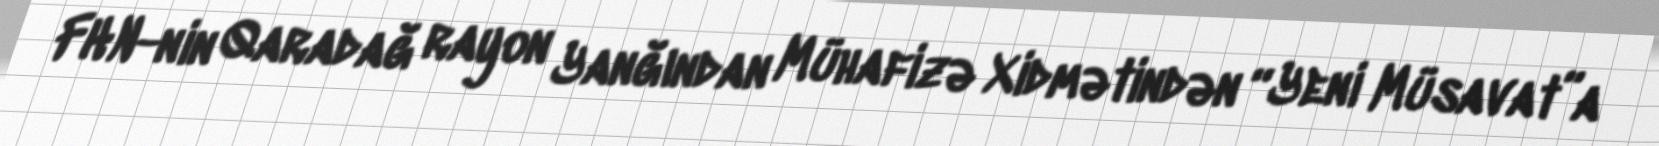
FHN-nin Qaradağ rayon Yanğından Mühafizə Xidmətindən “Yeni Müsavat”a